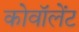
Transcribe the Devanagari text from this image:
कोवॉलेंट